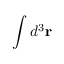
\int d ^ { 3 } \mathbf { r }